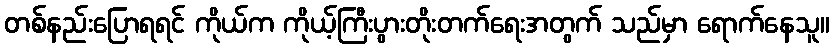
တစ်နည်းပြောရရင် ကိုယ်က ကိုယ့်ကြီးပွားတိုးတက်ရေးအတွက် သည်မှာ ရောက်နေသူ။